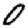
Digit: 0